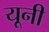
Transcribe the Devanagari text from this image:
यूनी